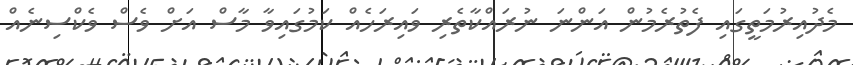
މެދުއިރުމަތީގައި ފެތުރެމުން އަންނަ ނުރައްކާތެރި ވައިރަހެއް ކަމުގައިވާ މާސް އަށް ވެސް ވެކްސިނެއް